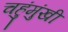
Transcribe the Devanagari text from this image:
चहुंमुंखी